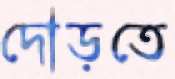
দৌড়তে